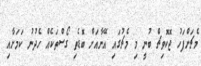
މެޗަށްފަހު ޖޮކޮވިޗް ބުނީ މި މެޗުގައި އޭނާއަށް ބޮޑެތި ގޯސްތަކެއް ހެދުނު ކަމަށާއި